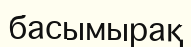
басымырақ